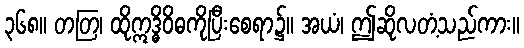
၃၆၈။ တတြ၊ ထိုဣဒ္ဓိဝိဓကိုပြီးစေရာ၌။ အယံ၊ ဤဆိုလတံ့သည်ကား။